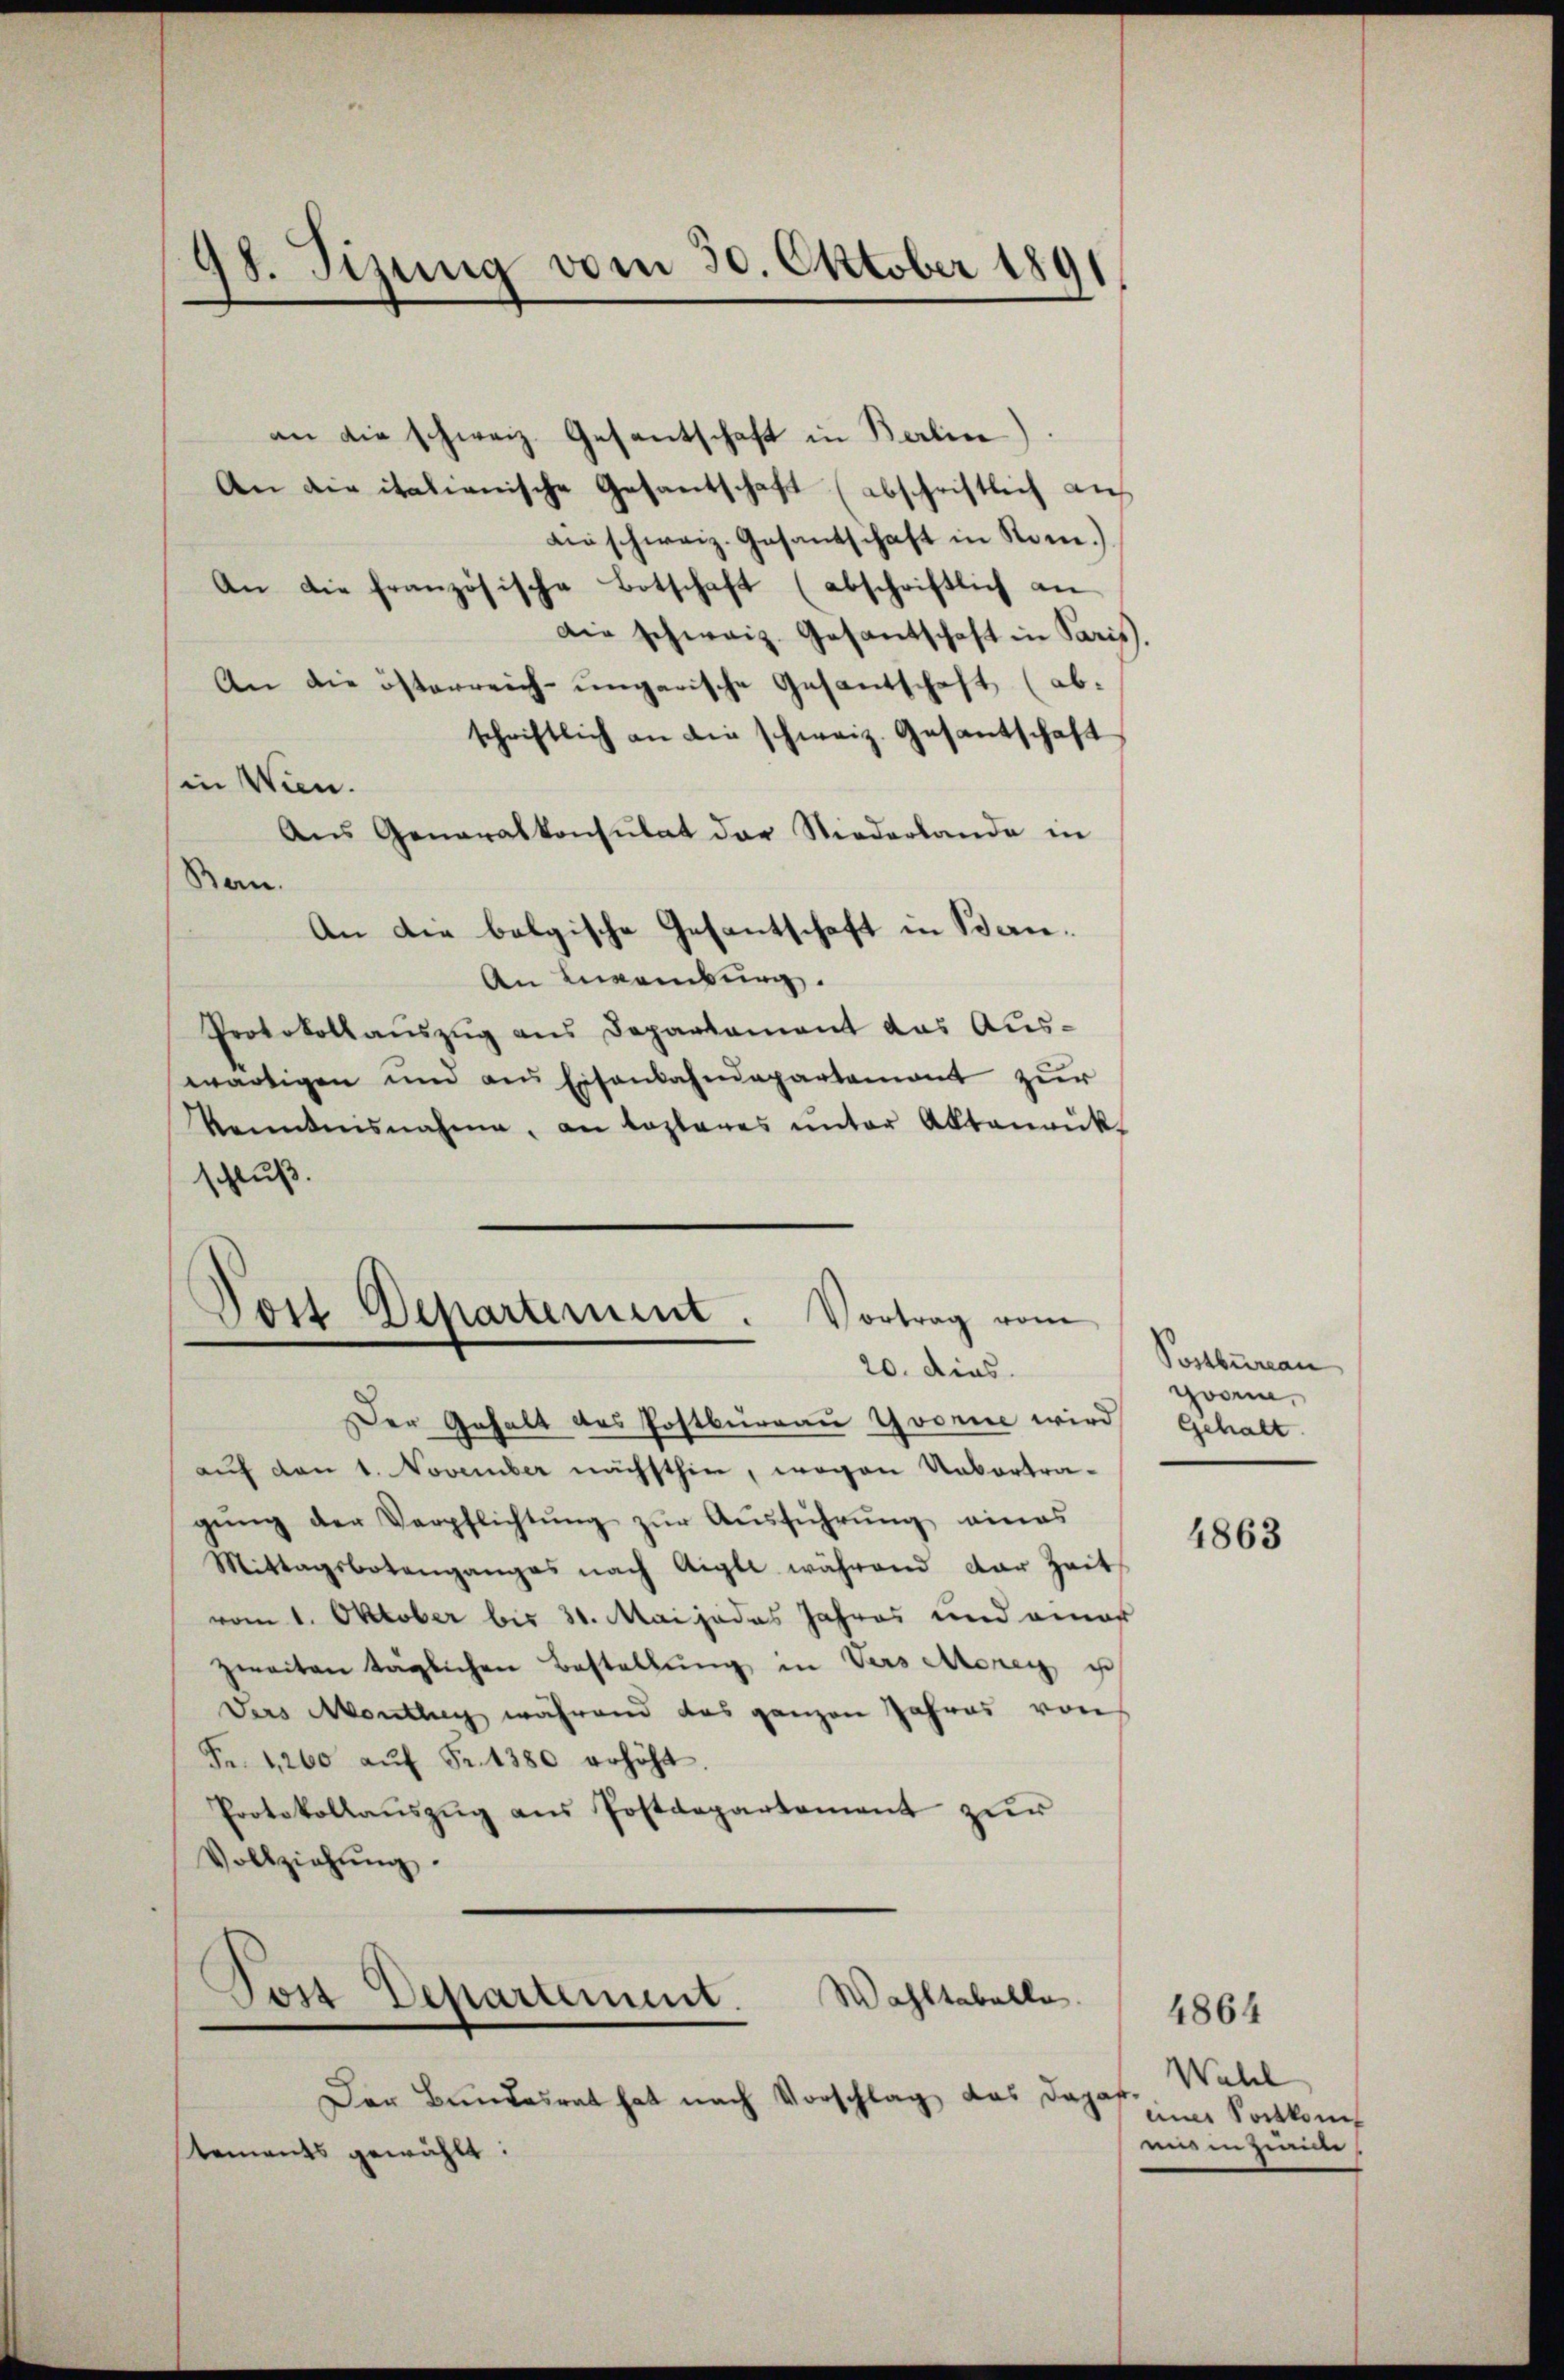
98. Sizung vom 30. Oktober 1891

Dort Departement. Vortrag vom
20. dies

an die schweiz. Gesantschaft in Berlin)
An die italienische Gesantschaft (abschriftlich auf
die schweiz. Gesantschaft in Rom.)
An die französische Botschaft (abschriftlich an
Die schweiz. Gesantschaft in Paris.
An die österreich-ungarische Gesantschaft (ab-
schriftlich an die schweiz. Gesantschaft
in Wien.
Ans Generalkonsulat der Niederlande in
Ban.
An die bolgische Gesantschaft in Bern.
An Bankung.
Protokollauszug aus Departament das Auswärtigen und aus Eisenbahndepartement zur
kanntensnahme, an loslares ŭnter Abtaŭrük-
schluß.

Der Gehalt des Postbureau Yvorne wird
aŭf den 1. November nächsthin, wegen Uebertragŭng der Verpflichtŭng zŭr Aŭsführŭng eines
Mittagsbotenganges nach Aigle während dar Zeit
vom 1. Oktober bis 31. Mai jedes Jahres und eines
zweiten täglichen Bestellung in Versonen ist
ders Montag während das ganzen Jahres von
Fr. 1200 aŭf Fr. 1380 erhöht.
Protokollaŭszŭg ans Postdepartement zŭr
Vollziehŭng.
Post Departement. Wahltabelle.

Der Bundesrat hat nach Vorschlag, das Daja
tements gewählt:

Postbureau
coon.
Gehalt

4863

Wahl
¬
einer Sockkom
mien seine

4864